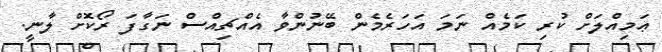
ޢަމިއްލަށް ކުރި ކަމެއް ނަމަ އަހަރެމެން ބޭނުންވާ އެއްޗިއްސް ނަގާފަ ރޯކޮށް ލާނީ.